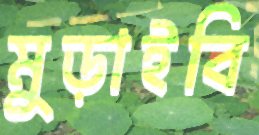
মুড়াইবি